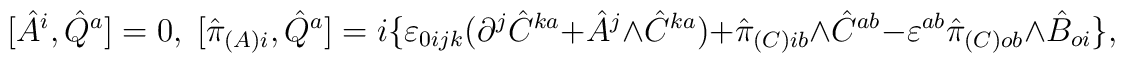
[\hat {A}^i,\hat {Q}^a]=0,\;[\hat{\pi}_{(A)i},\hat{Q}^a]= i\{\varepsilon_{0ijk}(\partial^j\hat{C}^{ka}+\hat{A}^j\wedge \hat{C}^{ka})+\hat{\pi}_{(C)ib}\wedge\hat {C}^{ab}- \varepsilon^{ab}\hat{\pi}_{(C)ob}\wedge\hat {B}_{oi}\},